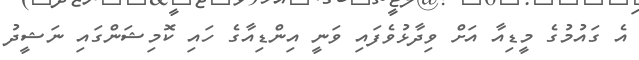
އެ ގައުމުގެ މީޑިއާ އަށް ވިދާޅުވެފައި ވަނީ އިންޑިއާގެ ހައި ކޮމިޝަންގައި ނަޝީދު